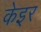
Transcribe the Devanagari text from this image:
केइर